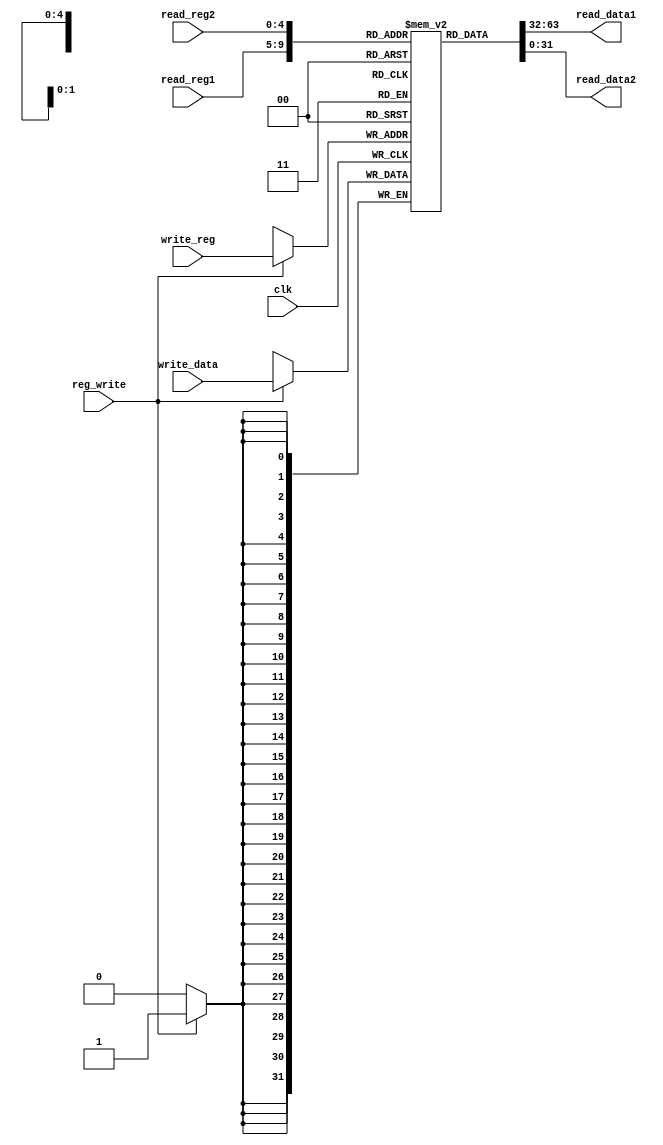
module RegisterFile(
    input clk,
    input reg_write,
    input [4:0] read_reg1,
    input [4:0] read_reg2,
    input [4:0] write_reg,
    input [31:0] write_data,
    output [31:0] read_data1,
    output [31:0] read_data2
);
    reg [31:0] regfile [31:0];

    // Inicializar el banco de registros
    initial begin
        regfile[0] = 32'h00000000;  // Registro $0 = 0 (Constante 0)
        regfile[1] = 32'h00000000;  // Registro $1 = 0 (Reservado para ensamblador)
        regfile[2] = 32'h00000000;  // Registro $2 = 0 (Evaluacin de expresin y resultado de funcin)
        regfile[3] = 32'h00000000;  // Registro $3 = 0 (Evaluacin de expresin y resultado de funcin)
        regfile[4] = 32'h00000000;  // Registro $4 = 0 (Argumento 1)
        regfile[5] = 32'h00000000;  // Registro $5 = 0 (Argumento 2)
        regfile[6] = 32'h00000000;  // Registro $6 = 0 (Argumento 3)
        regfile[7] = 32'h00000000;  // Registro $7 = 0 (Argumento 4)
        regfile[8] = 32'h00000005;  // Registro $8 = 5 (Temporal, no preservado a travs de llamada)
        regfile[9] = 32'h00000005;  // Registro $9 = 5 (Temporal, no preservado a travs de llamada)
        regfile[10] = 32'h00000005; // Registro $10 = 5 (Temporal, no preservado a travs de llamada)
        regfile[11] = 32'h00000000; // Registro $11 = 0 (Temporal, no preservado a travs de llamada)
        regfile[12] = 32'h00000000; // Registro $12 = 0 (Temporal, no preservado a travs de llamada)
        regfile[13] = 32'h00000000; // Registro $13 = 0 (Temporal, no preservado a travs de llamada)
        regfile[14] = 32'h00000000; // Registro $14 = 0 (Temporal, no preservado a travs de llamada)
        regfile[15] = 32'h00000000; // Registro $15 = 0 (Temporal, no preservado a travs de llamada)
        regfile[16] = 32'h00000000; // Registro $16 = 0 (Guardado temporalmente, preservado a travs de llamada)
        regfile[17] = 32'h00000000; // Registro $17 = 0 (Guardado temporalmente, preservado a travs de llamada)
        regfile[18] = 32'h00000000; // Registro $18 = 0 (Guardado temporalmente, preservado a travs de llamada)
        regfile[19] = 32'h00000000; // Registro $19 = 0 (Guardado temporalmente, preservado a travs de llamada)
        regfile[20] = 32'h00000000; // Registro $20 = 0 (Guardado temporalmente, preservado a travs de llamada)
        regfile[21] = 32'h00000000; // Registro $21 = 0 (Guardado temporalmente, preservado a travs de llamada)
        regfile[22] = 32'h00000008; // Registro $22 = 8 (Guardado temporalmente, preservado a travs de llamada)
        regfile[23] = 32'h00000007; // Registro $23 = 7 (Guardado temporalmente, preservado a travs de llamada)
        regfile[24] = 32'h00000004; // Registro $24 = 4 (Temporal, no preservado a travs de llamada)
        regfile[25] = 32'h00000008; // Registro $25 = 8 (Temporal, no preservado a travs de llamada)
        regfile[26] = 32'h00000003; // Registro $26 = 3 (Reservado para ncleo SO)
        regfile[27] = 32'h00000002; // Registro $27 = 2 (Reservado para ncleo SO)
        regfile[28] = 32'h00000000; // Registro $28 = 0 (Puntero a rea global)
        regfile[29] = 32'h00000000; // Registro $29 = 0 (Puntero de pila)
        regfile[30] = 32'h00000000; // Registro $30 = 0 (Puntero de encuadre)
        regfile[31] = 32'h00000000; // Registro $31 = 0 (Direccin de vuelta, usada por llamada a funcin)
    end

    // Operaciones de lectura
    assign read_data1 = regfile[read_reg1]; // Lee el valor del registro especificado en read_reg1
    assign read_data2 = regfile[read_reg2]; // Lee el valor del registro especificado en read_reg2

    // Operacin de escritura
    always @(posedge clk) begin
        if (reg_write) // Si la seal reg_write est activa
            regfile[write_reg] <= write_data; // Escribe el valor de write_data en el registro especificado en write_reg
    end
endmodule